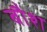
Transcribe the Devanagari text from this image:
बौश